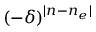
( - \delta ) ^ { | n - n _ { e } | }